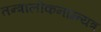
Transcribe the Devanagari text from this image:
तन्त्रालोकनाग्न्यत्र